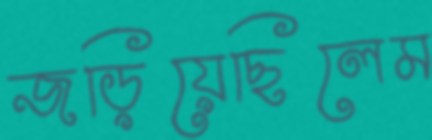
জড়িয়েছিলেম